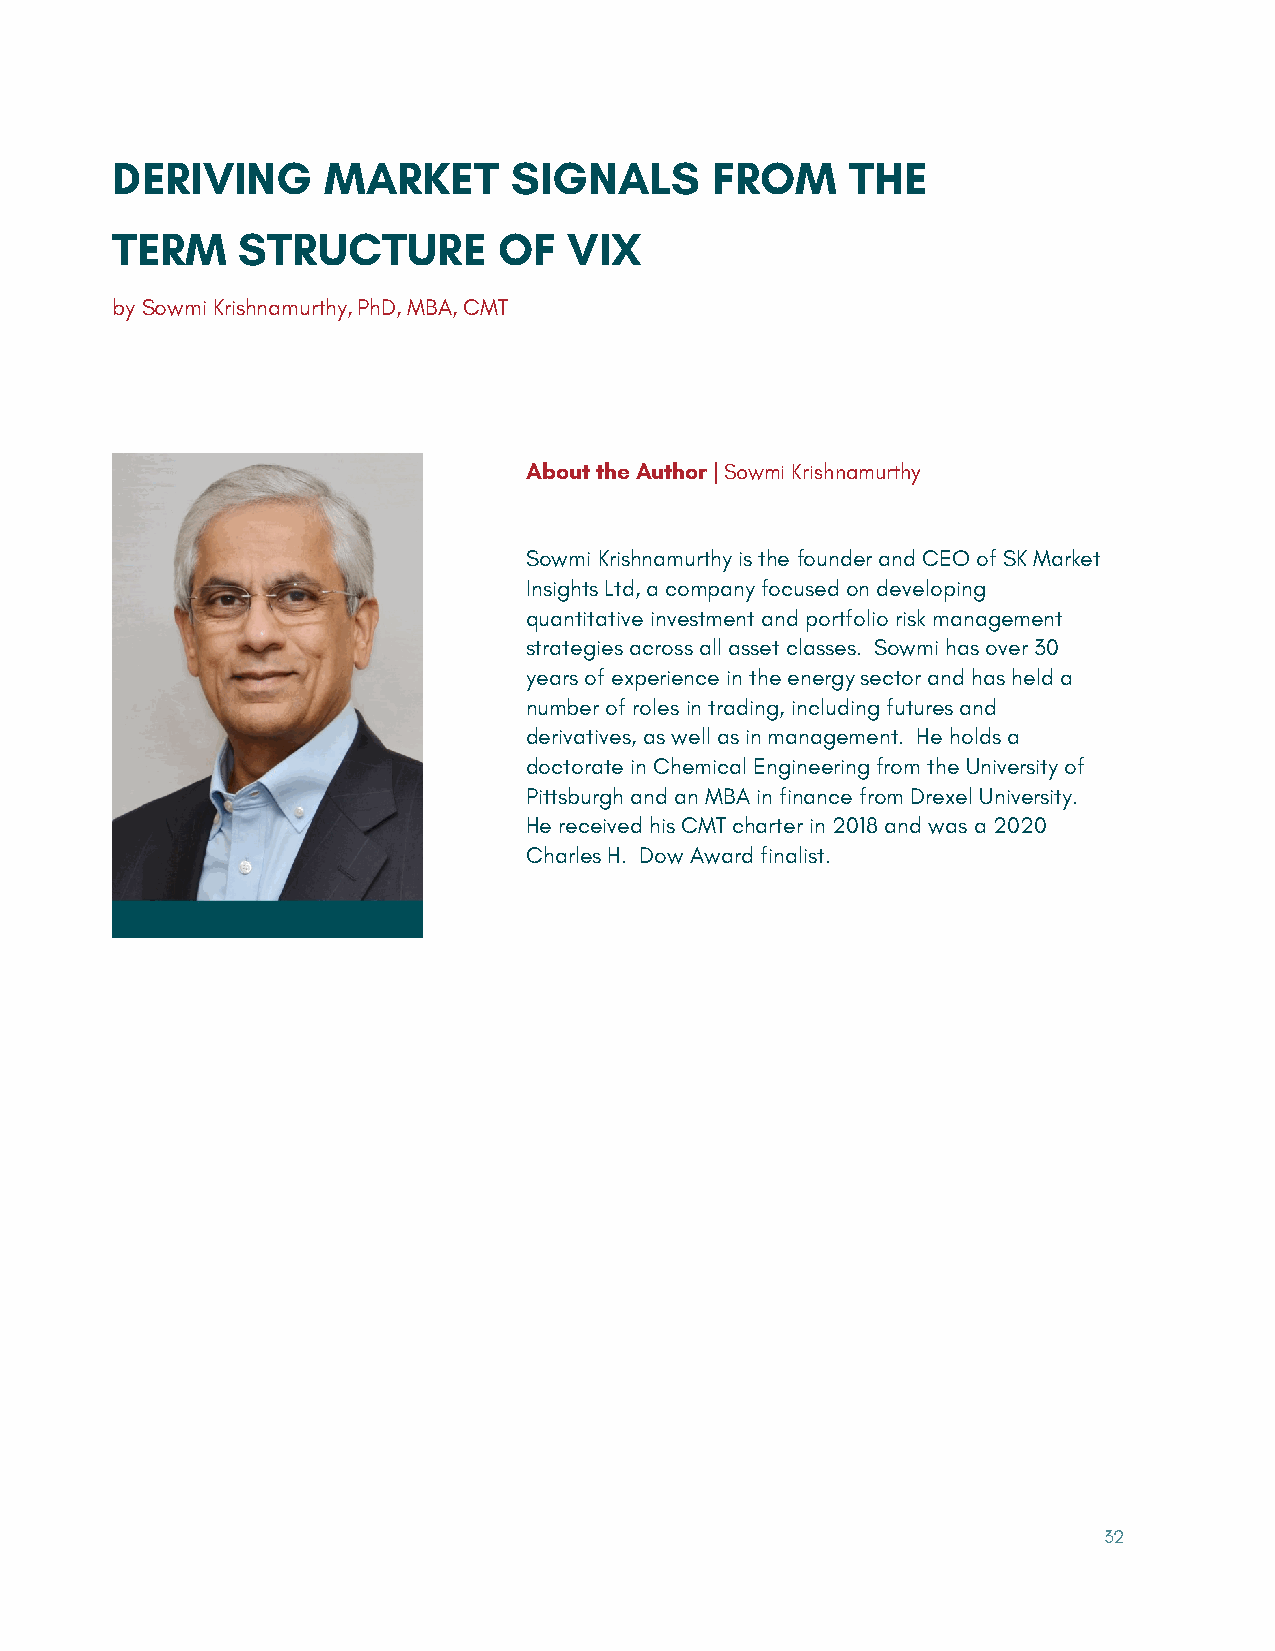
DERIVING      MARKET       SIGNALS      FROM     THE
 TERM     STRUCTURE        OF   VIX
 by Sowmi Krishnamurthy,PhD, MBA, CMT
 About the Author | Sowmi Krishnamurthy
 Sowmi Krishnamurthy is the founder and CEO of SK Market
 Insights Ltd, a company focused on developing
 quantitative investment and portfolio risk management
 strategies across all asset classes. Sowmi has over 30
 years of experience in the energy sector and has held a
 number of roles in trading, including futures and
 derivatives, as well as in management. He holds a
 doctorate in Chemical Engineering from the University of
 Pittsburgh and an MBA in finance from Drexel University.
 He received his CMT charter in 2018 and was a 2020
 Charles H. Dow Award finalist.
 32